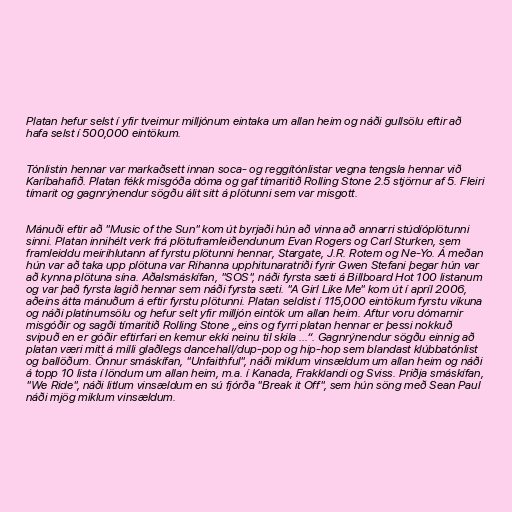
Platan hefur selst í yfir tveimur milljónum eintaka um allan heim og náði gullsölu eftir að
hafa selst í 500,000 eintökum.

Tónlistin hennar var markaðsett innan soca- og reggítónlistar vegna tengsla hennar við
Karíbahafið. Platan fékk misgóða dóma og gaf tímaritið Rolling Stone 2.5 stjörnur af 5. Fleiri
tímarit og gagnrýnendur sögðu álit sitt á plötunni sem var misgott.

Mánuði eftir að "Music of the Sun" kom út byrjaði hún að vinna að annarri stúdíóplötunni
sinni. Platan innihélt verk frá plötuframleiðendunum Evan Rogers og Carl Sturken, sem
framleiddu meirihlutann af fyrstu plötunni hennar, Stargate, J.R. Rotem og Ne-Yo. Á meðan
hún var að taka upp plötuna var Rihanna upphitunaratriði fyrir Gwen Stefani þegar hún var
að kynna plötuna sína. Aðalsmáskífan, "SOS", náði fyrsta sæti á Billboard Hot 100 listanum
og var það fyrsta lagið hennar sem náði fyrsta sæti. "A Girl Like Me" kom út í apríl 2006,
aðeins átta mánuðum á eftir fyrstu plötunni. Platan seldist í 115,000 eintökum fyrstu vikuna
og náði platínumsölu og hefur selt yfir milljón eintök um allan heim. Aftur voru dómarnir
misgóðir og sagði tímaritið Rolling Stone „eins og fyrri platan hennar er þessi nokkuð
svipuð en er góðir eftirfari en kemur ekki neinu til skila ...“. Gagnrýnendur sögðu einnig að
platan væri mitt á milli glaðlegs dancehall/dup-pop og hip-hop sem blandast klúbbatónlist
og ballöðum. Önnur smáskífan, "Unfaithful", náði miklum vinsældum um allan heim og náði
á topp 10 lista í löndum um allan heim, m.a. í Kanada, Frakklandi og Sviss. Þriðja smáskífan,
"We Ride", náði litlum vinsældum en sú fjórða "Break it Off", sem hún söng með Sean Paul
náði mjög miklum vinsældum.